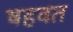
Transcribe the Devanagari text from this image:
षहवत